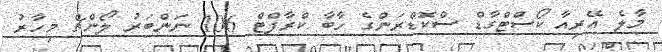
މާލެ އޭރިއާ ކޯސްޓްގާޑް ސްކޮޑްރަންގެ ހާބާ ކްރާފްޓް 106 ނަންބަރު ލޯންޗް މިހާރު